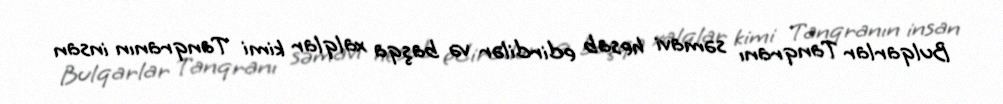
Bulqarlar Tanqranı səmavi hesab edirdilər və başqa xalqlar kimi Tanqranın insan